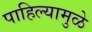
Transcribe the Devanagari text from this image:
पाहिल्यामुळे